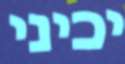
יכיני